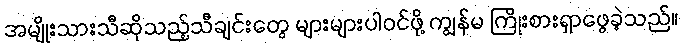
အမျိုးသားသီဆိုသည့်သီချင်းတွေ များများပါဝင်ဖို့ ကျွန်မ ကြိုးစားရှာဖွေခဲ့သည်။